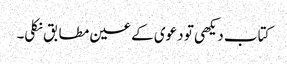
کتاب دیکھی تو دعوی کے عین مطابق نکلی۔